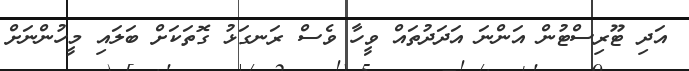
އަދި ޓޫރިސްޓުން އަންނަ އަދަދުތައް ވީހާ ވެސް ރަނގަޅު ގޮތަކަށް ބަލައި މީހުންނަށް